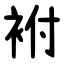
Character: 袝